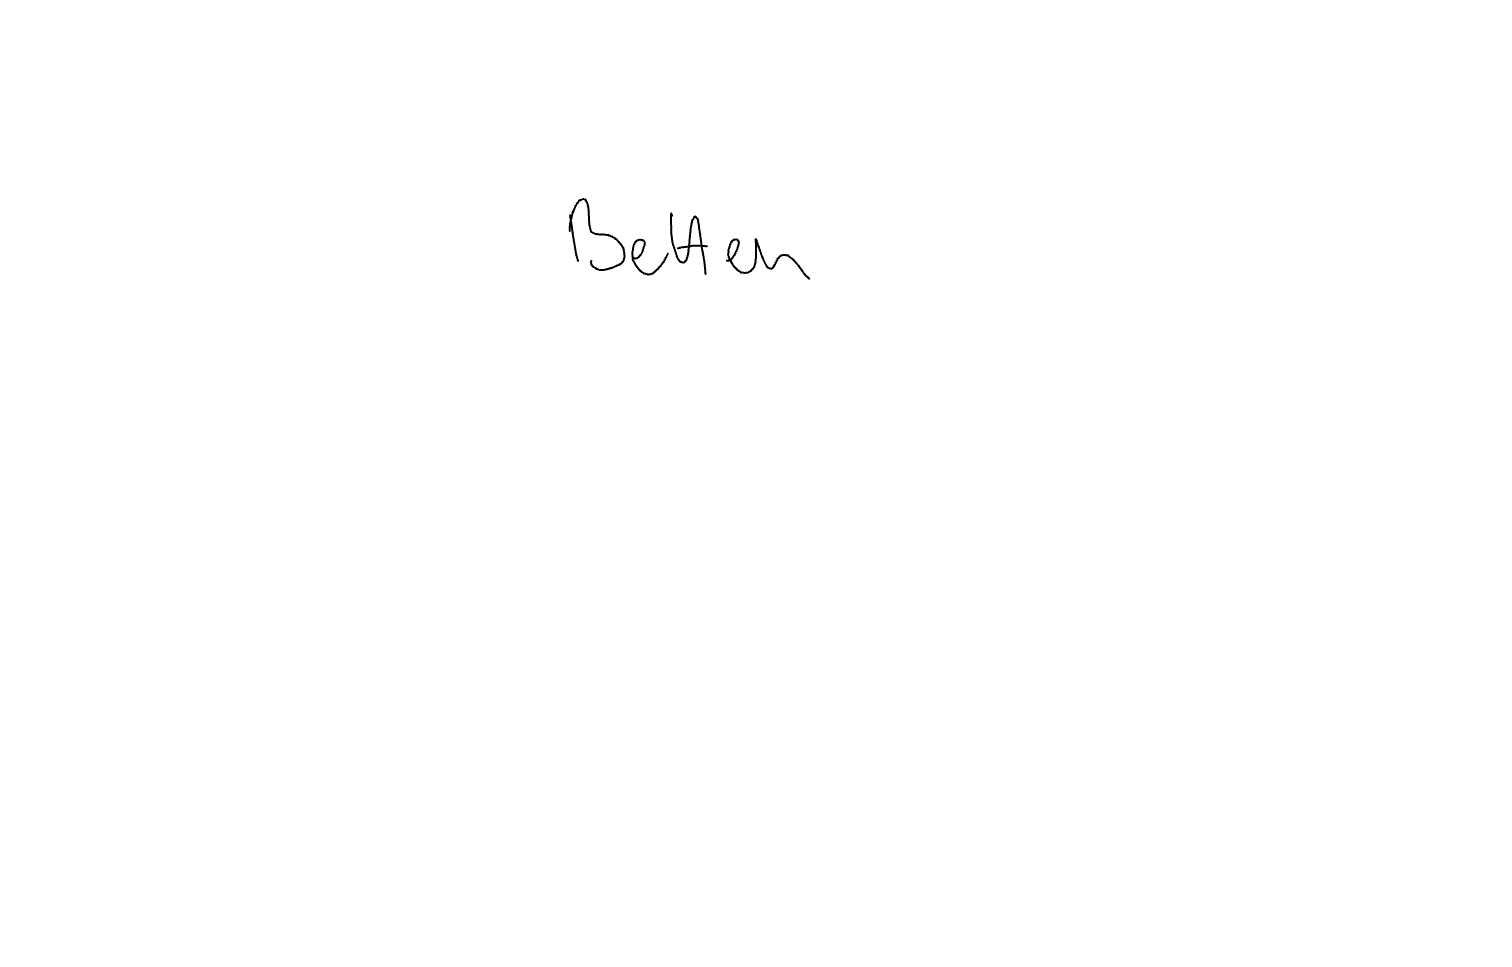
Text: Betten